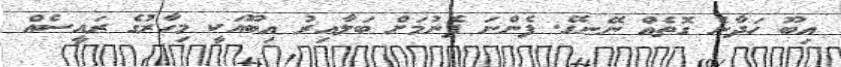
އިބޫ ހަދާނެ ގޮތެއް ނޭނގޭ. ފެންނަ ފެނުމަށް ބަލާއިރު އިބޫއަކީ މިހާރުގެ ރައީސެއް